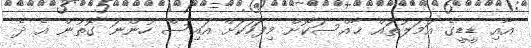
އާއި ޑީޑީގެ އަމަލުތައް ޚާއްސަކޮށް މިފަހަކަށް އައިސް ހުންނަ ގޮތުން އެ ދެ